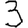
Digit: 3